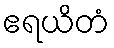
ဧရယိတံ